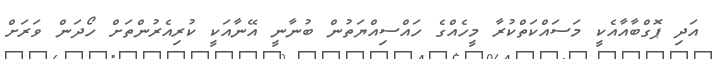
އަދި ޕޮގްބާއާއެކީ މަސައްކަތްކުރާ މީހެއްގެ ހައްސިއްޔަތުން ބުނާނީ އޭނާއަކީ ކުރިއެރުންތަށް ހޯދަން ވަރަށް